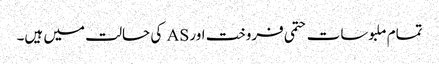
تمام ملبوسات حتمی فروخت اور AS کی حالت میں ہیں۔